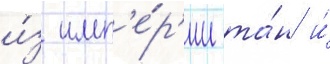
и́з имп'е́р'ии та́н и́